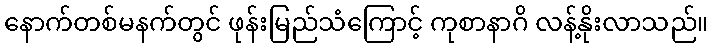
နောက်တစ်မနက်တွင် ဖုန်းမြည်သံကြောင့် ကုစာနာဂိ လန့်နိုးလာသည်။